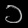
Digit: ၁